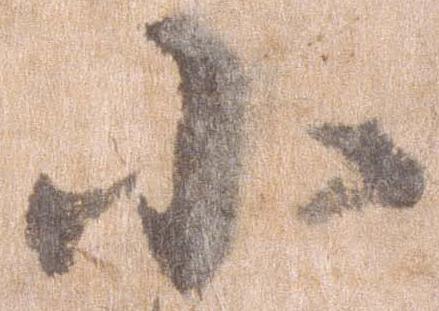
小